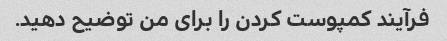
فرآیند کمپوست کردن را برای من توضیح دهید.